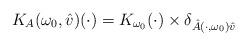
LaTeX: \begin{align*} K_A(\omega_0,\hat{v})(\cdot)=K_{\omega_0}(\cdot)\times \delta_{\hat{A}(\cdot, \omega_0)\hat{v}} \end{align*}